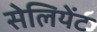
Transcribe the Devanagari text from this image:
सेलियेंट